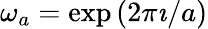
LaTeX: \omega_{a}=\exp\left(2\pi\imath/a\right)